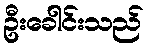
ဦးခေါင်းသည်